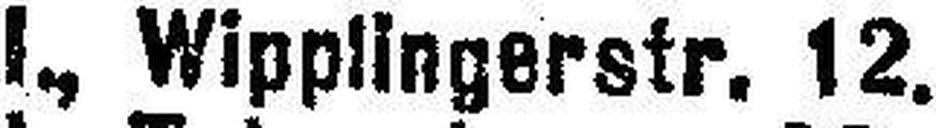
I. Wipplingerstr. 12.